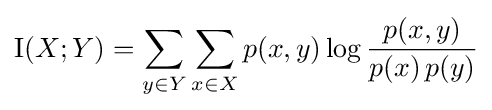
\operatorname {I} (X;Y)=\sum _{y\in Y}\sum _{x\in X}p(x,y)\log {\frac {p(x,y)}{p(x)\,p(y)}}